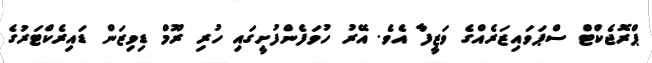
ޕްރޮޖެކްޓް ސްޕަވައިޒަރެއްގެ ވަޒީފާ އެވެ. އޭރު ހުވަފެންފުށީގައި ހުރި ރޫމް ޑިވިޒަން ޑައިރެކްޓަރުގެ